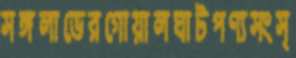
সঙ্গলাভেরগোয়ালঘাটপণ্যসংস্